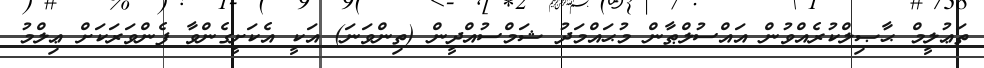
ތަޢުލީމް ޙާޞިލްކުރެއްވުން އައްސުލްޠާން މުޙައްމަދު ޝަމްސުއްދީން (ތިންވަނަ) އަކީ އެކަށީގެންވާ ފެންވަރަކަށް ޢިލްމު